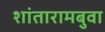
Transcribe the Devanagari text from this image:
शांतारामबुवा